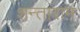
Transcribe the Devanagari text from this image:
शन्ताराम